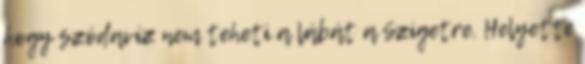
hogy szódavíz nem teheti a lábát a Szigetre. Helyette